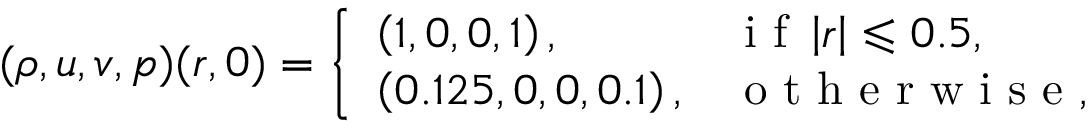
( \rho , u , v , p ) ( \boldsymbol { r } , 0 ) = \left\{ \begin{array} { l l } { \left( 1 , 0 , 0 , 1 \right) , } & { \mathrm { ~ i ~ f ~ } \left| \boldsymbol { r } \right| \leqslant 0 . 5 , } \\ { \left( 0 . 1 2 5 , 0 , 0 , 0 . 1 \right) , } & { \mathrm { ~ o ~ t ~ h ~ e ~ r ~ w ~ i ~ s ~ e ~ , ~ } } \end{array} \right.